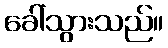
ခေါ်သွားသည်။